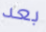
بعد